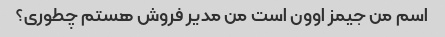
اسم من جیمز اوون است من مدیر فروش هستم چطوری؟